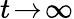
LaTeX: t\! \to\! \infty